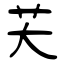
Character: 芖